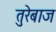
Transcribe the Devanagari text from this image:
तुरेबाज